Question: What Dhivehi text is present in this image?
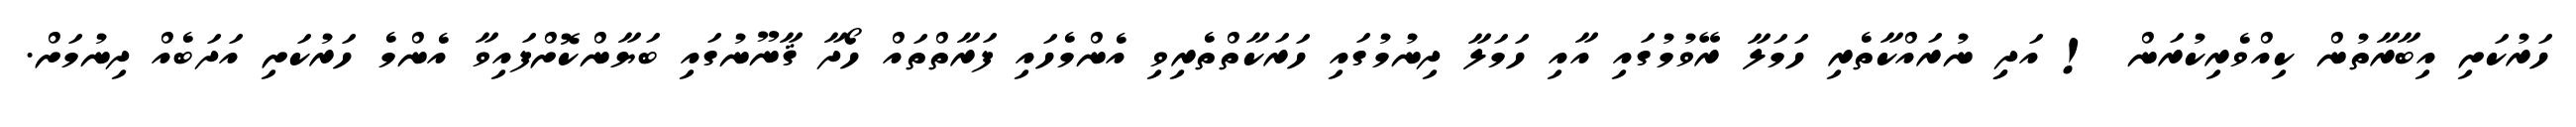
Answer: ހަރުކަށި އިބާރާތުން ކިއްވެރިކުރަން ! އަދިި ނުރައްކާތެރި ހަމަލާ ރޭވުމުގައި އާއި ހަމަލާ ދިނުމުގައި ހަރަކާތްތެރިވި އެންމެހައި ފަރާތްތައް ހޯދާ ޤާނޫނުގައި ބަޔާންކޮށްފައިވާ އެންމެ ހަރުކަށި އަދަބެއް ދިނުމަށް.